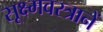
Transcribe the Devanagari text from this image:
सूक्ष्मवस्त्रानें